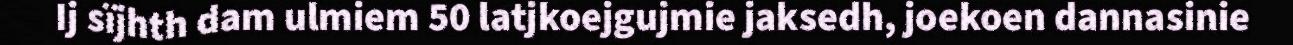
Ij sïjhth dam ulmiem 50 latjkoejgujmie jaksedh, joekoen dannasinie